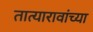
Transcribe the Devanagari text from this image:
तात्यारावांच्या